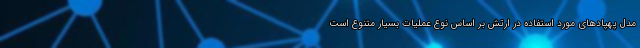
مدل پهپادهای مورد استفاده در ارتش بر اساس نوع عملیات بسیار متنوع است